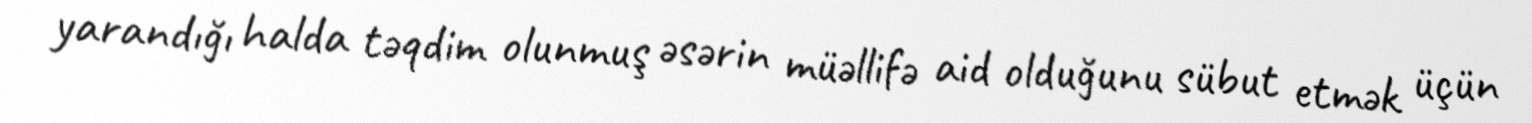
yarandığı halda təqdim olunmuş əsərin müəllifə aid olduğunu sübut etmək üçün